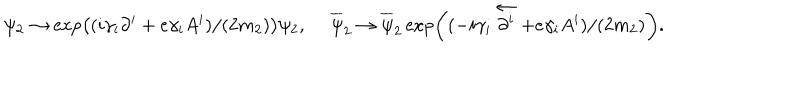
\psi _ { 2 } \rightarrow \exp \left( ( i \gamma _ { i } \partial ^ { i } + e \gamma _ { i } A ^ { i } ) / ( 2 m _ { 2 } ) \right) \psi _ { 2 } , \ \overline { { \psi } } _ { 2 } \rightarrow \overline { { \psi } } _ { 2 } \exp \left( ( - i \gamma _ { i } \stackrel { \leftarrow } { \partial ^ { i } } + e \gamma _ { i } A ^ { i } ) / ( 2 m _ { 2 } ) \right) .